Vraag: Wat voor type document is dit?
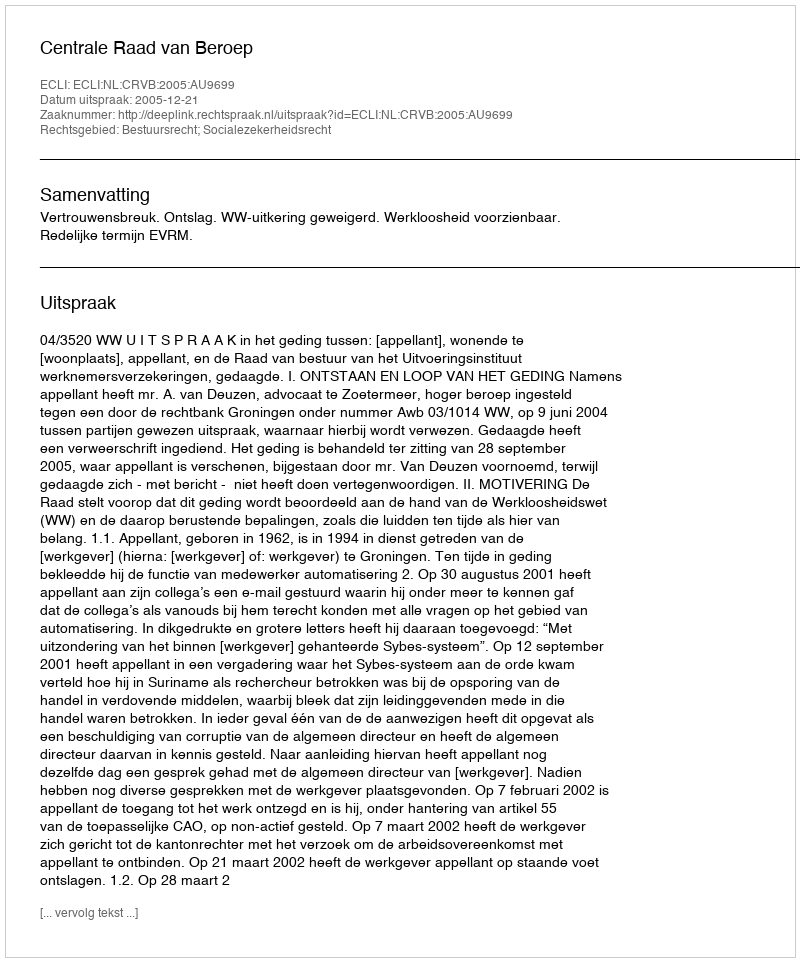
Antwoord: Uitspraak